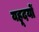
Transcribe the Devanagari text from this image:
यहूदयों